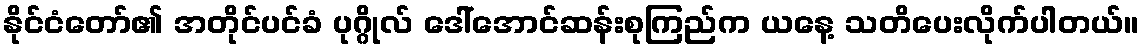
နိုင်ငံတော်၏ အတိုင်ပင်ခံ ပုဂ္ဂိုလ် ဒေါ်အောင်ဆန်းစုကြည်က ယနေ့ သတိပေးလိုက်ပါတယ်။